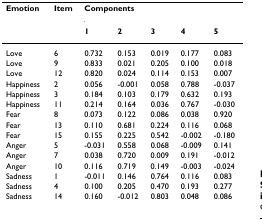
| Emotion | Item | <COLSPAN=5> Components |
 |  |  | 1 | 2 | 3 | 4 | 5 |
 | --- | --- | --- | --- | --- | --- | --- |
 | Love | 6 | 0.732 | 0.153 | 0.019 | 0.177 | 0.083 |
 | Love | 9 | 0.833 | 0.021 | 0.205 | 0.100 | 0.018 |
 | Love | 12 | 0.820 | 0.024 | 0.114 | 0.153 | 0.007 |
 | Happiness | 2 | 0.056 | -0.001 | 0.058 | 0.788 | -0.037 |
 | Happiness | 3 | 0.184 | 0.103 | 0.179 | 0.632 | 0.193 |
 | Happiness | 11 | 0.214 | 0.164 | 0.036 | 0.767 | -0.030 |
 | Fear | 8 | 0.073 | 0.122 | 0.086 | 0.038 | 0.920 |
 | Fear | 13 | 0.110 | 0.681 | 0.224 | 0.116 | 0.068 |
 | Fear | 15 | 0.155 | 0.225 | 0.542 | -0.002 | -0.180 |
 | Anger | 5 | -0.031 | 0.558 | 0.068 | -0.009 | 0.141 |
 | Anger | 7 | 0.038 | 0.720 | 0.009 | 0.191 | -0.012 |
 | Anger | 10 | 0.116 | 0.719 | 0.149 | -0.003 | -0.024 |
 | Sadness | 1 | -0.011 | 0.146 | 0.764 | 0.116 | 0.083 |
 | Sadness | 4 | 0.100 | 0.205 | 0.470 | 0.193 | 0.277 |
 | Sadness | 14 | 0.160 | -0.012 | 0.803 | 0.048 | 0.086 |